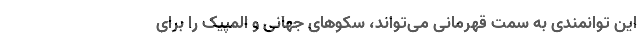
این توانمندی به سمت قهرمانی می‌تواند، سکوهای جهانی و المپیک را برای